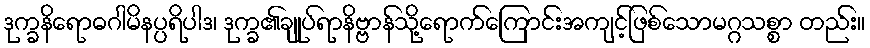
ဒုက္ခနိရောဓဂါမိနပ္ပရိပါဒ၊ ဒုက္ခ၏ချုပ်ရာနိဗ္ဗာန်သို့ရောက်ကြောင်းအကျင့်ဖြစ်သောမဂ္ဂသစ္စာ တည်း။